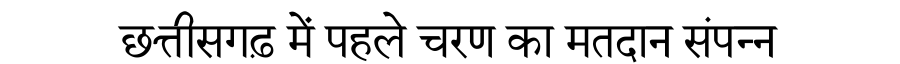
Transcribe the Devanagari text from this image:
छत्तीसगढ़ में पहले चरण का मतदान संपन्न